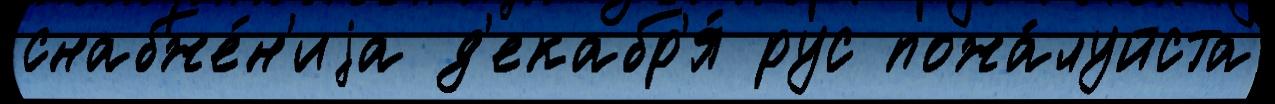
снабже́н'иjа д'екабр'я́ рус пожа́луйста